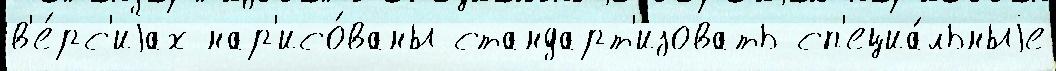
в'е́рс'иjах нар'исо́ваны стандарт'изовать сп'ециа́льныjе